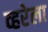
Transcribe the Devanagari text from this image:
व्हरेला